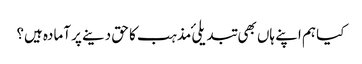
کیا ہم اپنے ہاں بھی تبدیلیٔ مذہب کا حق دینے پر آمادہ ہیں؟